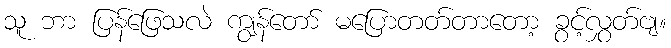
သူ ဘာ ပြန်ဖြေသလဲ ကျွန်တော် မပြောတတ်တာတော့ ခွင့်လွှတ်ဗျ။